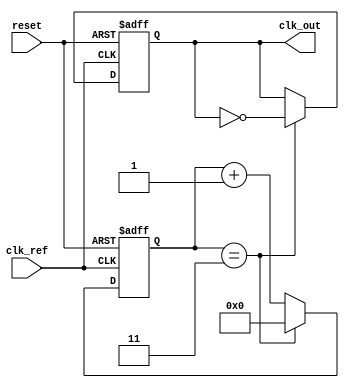
module low_jitter_pll (
    input wire clk_ref,          // Reference clock input
    input wire reset,            // Reset signal
    output reg clk_out           // Output clock
);

    // Parameters
    parameter DIV_FACTOR = 4;    // Frequency divider factor
    parameter VCO_MAX_FREQ = 100; // Maximum VCO frequency
    parameter VCO_MIN_FREQ = 10;  // Minimum VCO frequency

    // Internal signals
    reg [7:0] phase_error;        // Phase error signal from PD
    reg [7:0] control_voltage;     // Control voltage for VCO
    reg [7:0] vco_output;          // VCO output frequency
    reg [7:0] filtered_error;      // Output of the low-pass filter
    reg [3:0] counter;             // Frequency divider counter

    // Phase Detector (PD)
    always @(posedge clk_ref or posedge reset) begin
        if (reset) begin
            phase_error <= 0;
        end else begin
            // Simplified phase comparison logic (ideal case)
            // In a real scenario, a more complex phase detection logic would be used
            phase_error <= (clk_out == clk_ref) ? 8'd0 : 8'd1; // Simple phase error
        end
    end

    // Low-Pass Filter (LPF)
    always @(posedge clk_ref or posedge reset) begin
        if (reset) begin
            filtered_error <= 0;
        end else begin
            // Simple low-pass filter (first-order)
            filtered_error <= (filtered_error + phase_error) >> 1; // Averaging
        end
    end

    // Voltage-Controlled Oscillator (VCO)
    always @(posedge clk_ref or posedge reset) begin
        if (reset) begin
            vco_output <= VCO_MIN_FREQ;
        end else begin
            // Control voltage determines VCO output frequency
            vco_output <= VCO_MIN_FREQ + filtered_error[7:0] % (VCO_MAX_FREQ - VCO_MIN_FREQ);
        end
    end

    // Frequency Divider
    always @(posedge clk_ref or posedge reset) begin
        if (reset) begin
            counter <= 0;
            clk_out <= 0;
        end else begin
            if (counter == (DIV_FACTOR - 1)) begin
                clk_out <= ~clk_out; // Toggle output clock
                counter <= 0; // Reset counter
            end else begin
                counter <= counter + 1; // Increment counter
            end
        end
    end

endmodule